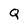
Character: Q